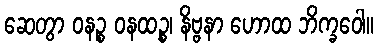
ဆေတွာ ဝနဉ္စ ဝနထဉ္စ၊ နိဗ္ဗနာ ဟောထ ဘိက္ခဝေါ။